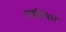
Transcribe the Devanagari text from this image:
लाईसेंसों